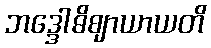
ဘဒ္ဒေါဓိဈာယာယတိ